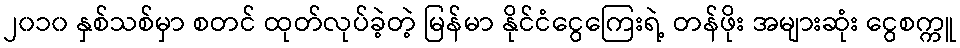
၂၀၁၀ နှစ်သစ်မှာ စတင် ထုတ်လုပ်ခဲ့တဲ့ မြန်မာ နိုင်ငံငွေကြေးရဲ့ တန်ဖိုး အများဆုံး ငွေစက္ကူ